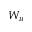
W _ { u }